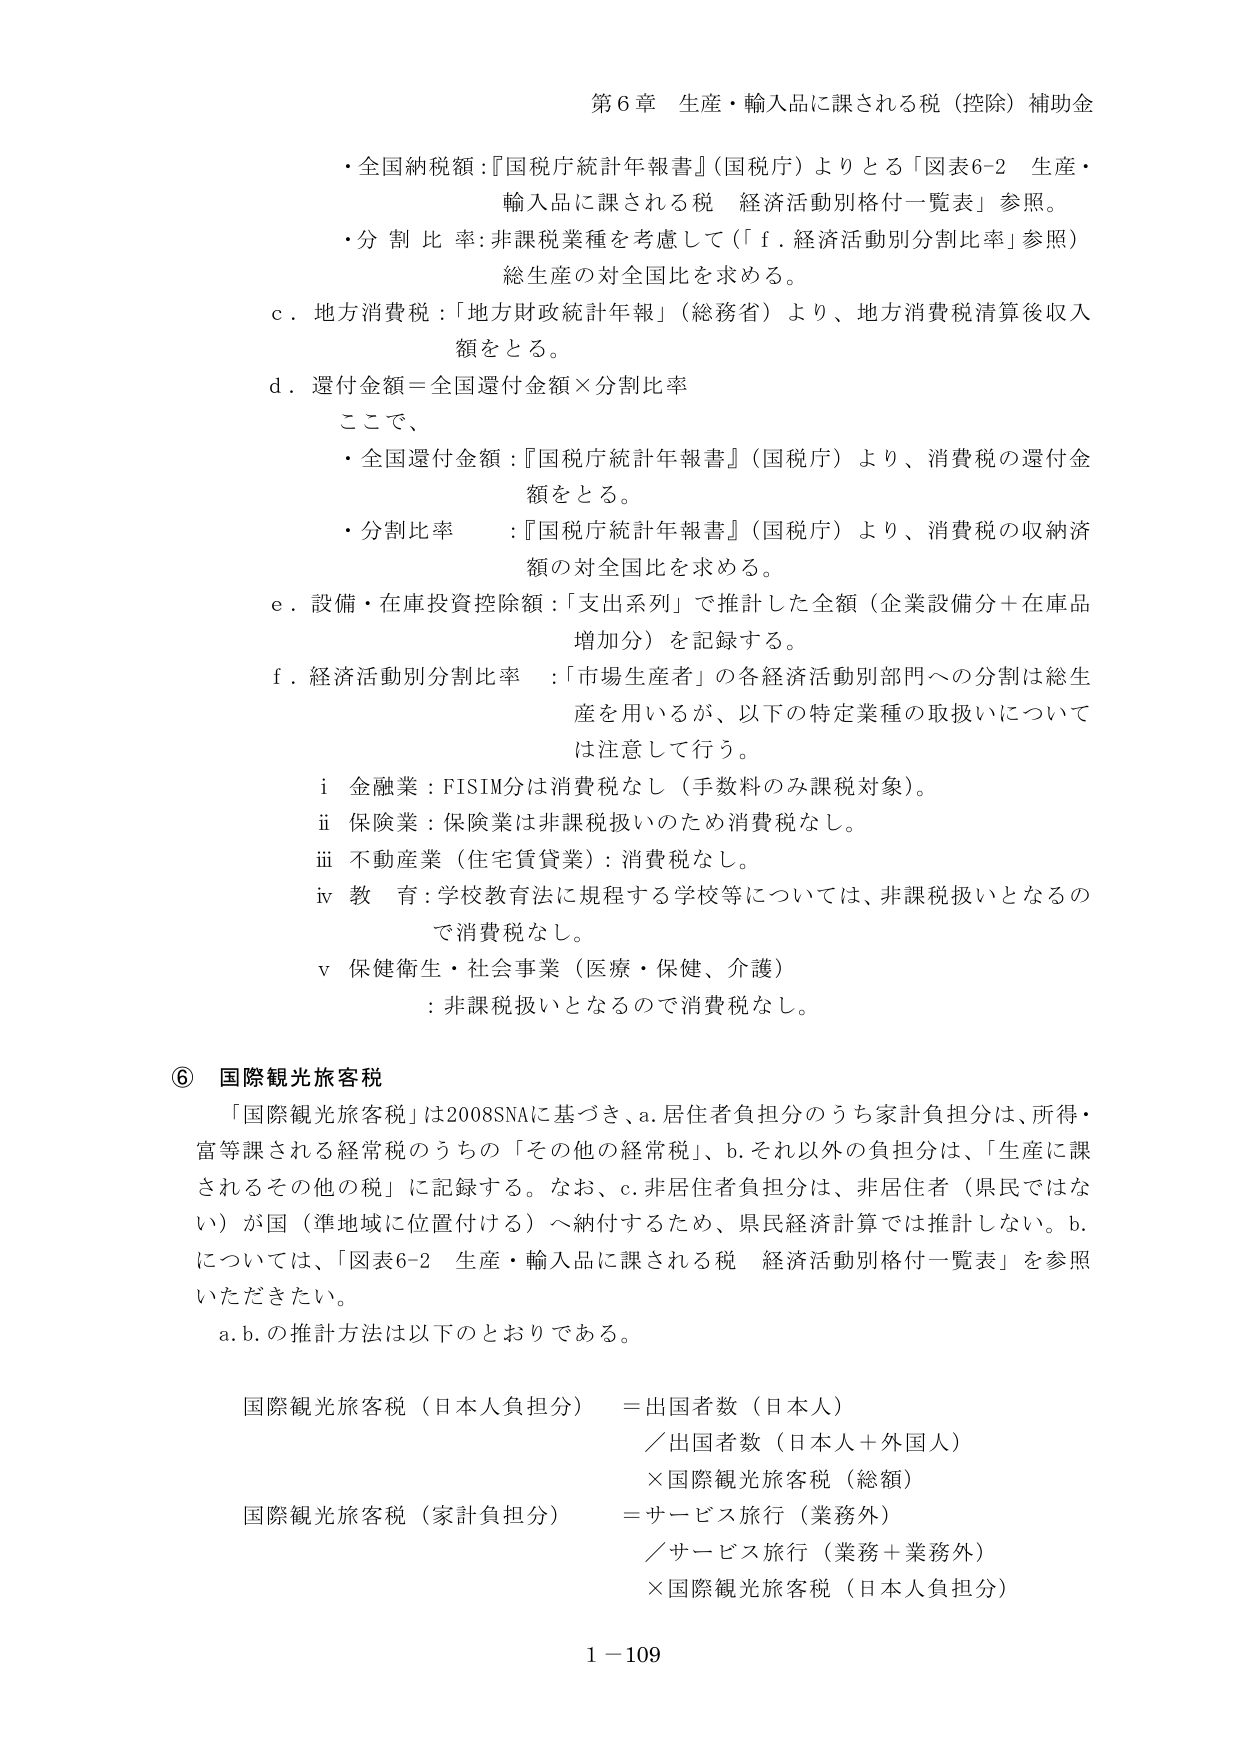
第6章 生産・輸入品に課される税（控除）補助金

・全国納税額：『国税庁統計年報書』（国税庁）よりとる「図表6-2 生産・輸入品に課される税 経済活動別格付一覧表」参照。

・分割比率：非課税業種を考慮して（「f. 経済活動別分割比率」参照）総生産の対全国比を求める。

c．地方消費税：「地方財政統計年報」（総務省）より、地方消費税清算後収入額をとる。

d．還付金額＝全国還付金額×分割比率

ここで、

・全国還付金額：『国税庁統計年報書』（国税庁）より、消費税の還付金額をとる。

・分割比率：『国税庁統計年報書』（国税庁）より、消費税の収納金額の対全国比を求める。

e．設備・在庫投資控除額：「支出系列」で推計した全額（企業設備分＋在庫品増加分）を記録する。

f．経済活動別分割比率：「市場生産者」の各経済活動別部門への分割は総生産を用いるが、以下の特定業種の取扱いについては注意して行う。

i 金融業：FISIM分は消費税なし（手数料のみ課税対象）。

ii 保険業：保険業は非課税扱いのため消費税なし。

iii 不動産業（住宅賃貸業）：消費税なし。

iv 教育：学校教育法に規程する学校等については、非課税扱いとなるので消費税なし。

v 保健衛生・社会事業（医療・保健、介護）：非課税扱いとなるので消費税なし。

⑥ 国際観光旅客税

「国際観光旅客税」は2008SNAに基づき、a.居住者負担分のうち家計負担分は、所得・富等課される経常税のうちの「その他の経常税」、b.それ以外の負担分は、「生産に課されるその他の税」に記録する。なお、c.非居住者負担分は、非居住者（県民ではない）が国（準地域に位置付ける）へ納付するため、県民経済計算では推計しない。b.については、「図表6-2 生産・輸入品に課される税 経済活動別格付一覧表」を参照いただきたい。

a.b.の推計方法は以下のとおりである。

国際観光旅客税（日本人負担分）＝出国者数（日本人）／出国者数（日本人＋外国人）×国際観光旅客税（総額）

国際観光旅客税（家計負担分）＝サービス旅行（業務外）／サービス旅行（業務＋業務外）×国際観光旅客税（日本人負担分）

1－109